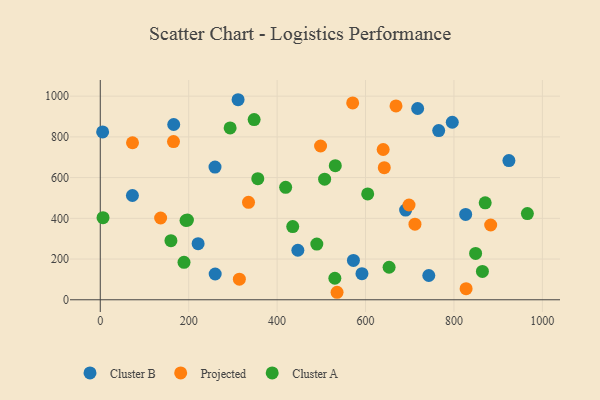
{"axis": {"x": "Experience", "y": "Yield"}, "legend": ["Cluster A", "Cluster B", "Projected"], "data": [{"x": "5.3", "y": 824.4, "type": "Cluster B"}, {"x": "446.9", "y": 243.2, "type": "Cluster B"}, {"x": "259.9", "y": 126.6, "type": "Cluster B"}, {"x": "259.5", "y": 651.8, "type": "Cluster B"}, {"x": "743.1", "y": 119.2, "type": "Cluster B"}, {"x": "765.5", "y": 830.9, "type": "Cluster B"}, {"x": "826.5", "y": 419.2, "type": "Cluster B"}, {"x": "311.7", "y": 982.5, "type": "Cluster B"}, {"x": "924.3", "y": 683.6, "type": "Cluster B"}, {"x": "572.6", "y": 193.1, "type": "Cluster B"}, {"x": "717.9", "y": 939.4, "type": "Cluster B"}, {"x": "221.3", "y": 275.6, "type": "Cluster B"}, {"x": "690.7", "y": 440.6, "type": "Cluster B"}, {"x": "166.1", "y": 860.8, "type": "Cluster B"}, {"x": "72.7", "y": 512.2, "type": "Cluster B"}, {"x": "591.9", "y": 128.1, "type": "Cluster B"}, {"x": "796.2", "y": 871.9, "type": "Cluster B"}, {"x": "883.1", "y": 367.3, "type": "Projected"}, {"x": "570.9", "y": 966.8, "type": "Projected"}, {"x": "639.9", "y": 738.0, "type": "Projected"}, {"x": "711.8", "y": 371.3, "type": "Projected"}, {"x": "827.5", "y": 54.4, "type": "Projected"}, {"x": "136.5", "y": 401.7, "type": "Projected"}, {"x": "72.9", "y": 771.3, "type": "Projected"}, {"x": "535.6", "y": 36.8, "type": "Projected"}, {"x": "698.4", "y": 465.5, "type": "Projected"}, {"x": "165.6", "y": 777.0, "type": "Projected"}, {"x": "314.6", "y": 100.9, "type": "Projected"}, {"x": "335.3", "y": 478.6, "type": "Projected"}, {"x": "498.3", "y": 755.3, "type": "Projected"}, {"x": "668.9", "y": 952.2, "type": "Projected"}, {"x": "642.4", "y": 648.8, "type": "Projected"}, {"x": "159.8", "y": 290.4, "type": "Cluster A"}, {"x": "189.4", "y": 184.1, "type": "Cluster A"}, {"x": "193.9", "y": 389.3, "type": "Cluster A"}, {"x": "6.2", "y": 403.0, "type": "Cluster A"}, {"x": "530.6", "y": 105.7, "type": "Cluster A"}, {"x": "356.3", "y": 594.9, "type": "Cluster A"}, {"x": "849.0", "y": 227.7, "type": "Cluster A"}, {"x": "864.4", "y": 139.4, "type": "Cluster A"}, {"x": "293.7", "y": 844.0, "type": "Cluster A"}, {"x": "507.5", "y": 592.3, "type": "Cluster A"}, {"x": "419.3", "y": 552.2, "type": "Cluster A"}, {"x": "197.1", "y": 391.5, "type": "Cluster A"}, {"x": "604.9", "y": 520.0, "type": "Cluster A"}, {"x": "531.6", "y": 658.5, "type": "Cluster A"}, {"x": "348.0", "y": 885.2, "type": "Cluster A"}, {"x": "435.3", "y": 359.3, "type": "Cluster A"}, {"x": "653.3", "y": 159.6, "type": "Cluster A"}, {"x": "870.7", "y": 476.2, "type": "Cluster A"}, {"x": "966.1", "y": 423.4, "type": "Cluster A"}, {"x": "489.8", "y": 273.6, "type": "Cluster A"}]}